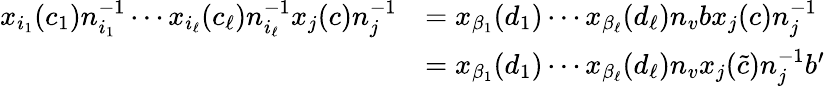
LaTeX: \begin{array}{rl}{x_{i_{1}}(c_{1})n_{i_{1}}^{-1}\cdots x_{i_{\ell}}(c_{\ell})n_{i_{\ell}}^{-1}x_{j}(c)n_{j}^{-1}}&{=x_{\beta_{1}}(d_{1})\cdots x_{\beta_{\ell}}(d_{\ell})n_{v}bx_{j}(c)n_{j}^{-1}}\\ &{=x_{\beta_{1}}(d_{1})\cdots x_{\beta_{\ell}}(d_{\ell})n_{v}x_{j}(\tilde{c})n_{j}^{-1}b^{\prime}}\end{array}